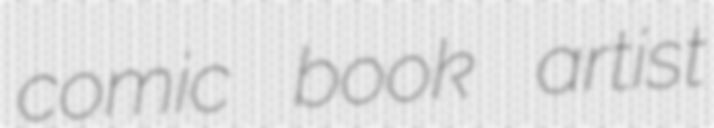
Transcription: comic book artist